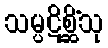
သမ္ပဋိစ္ဆိံသု